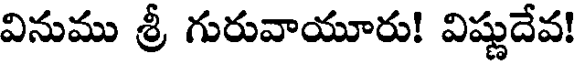
వినుము శ్రీ గురువాయూరు! విష్ణుదేవ!